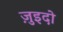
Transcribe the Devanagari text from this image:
ज़ुइदो